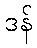
ဒန်